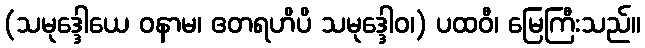
(သမုဒ္ဒေါယေ ဝနာမ၊ ဧတရဟိပိ သမုဒ္ဒေါဝ၊) ပထဝီ၊ မြေကြီးသည်။